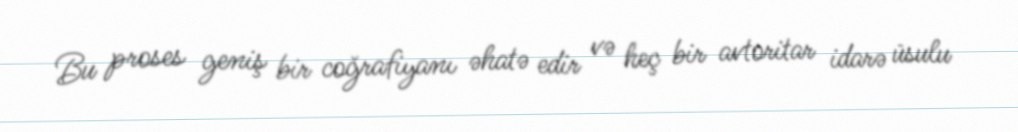
Bu proses geniş bir coğrafiyanı əhatə edir və heç bir avtoritar idarə üsulu